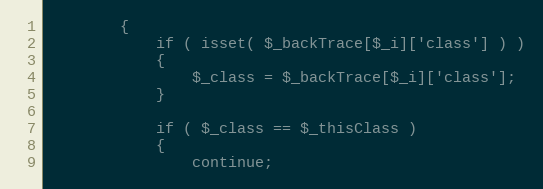
Language: PHP
        {
            if ( isset( $_backTrace[$_i]['class'] ) )
            {
                $_class = $_backTrace[$_i]['class'];
            }

            if ( $_class == $_thisClass )
            {
                continue;